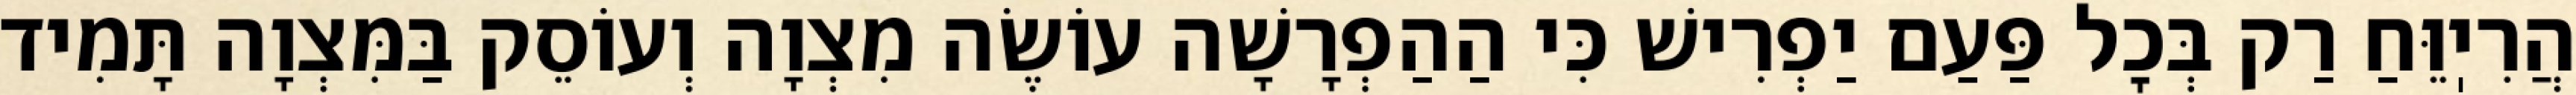
הֲרִיֽוֵּחַ רַק בְּכׇל פַּעַם יַפְרִישׁ כִּי הַהַפְרָשָׁה עוֹשֶׂה מִצְוָה וְעוֹסֵק בַּמִּצְוָה תָּמִיד